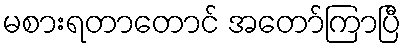
မစားရတာတောင် အတော်ကြာပြီ